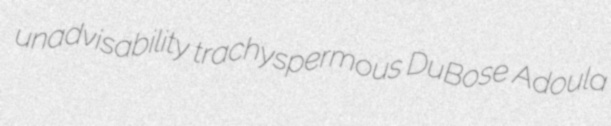
unadvisability trachyspermous DuBose Adoula